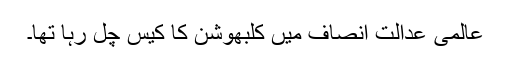
عالمی عدالت انصاف میں کلبھوشن کا کیس چل رہا تھا۔